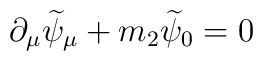
\partial _\mu \widetilde{\psi }_\mu +m_2\widetilde{\psi }_0=0